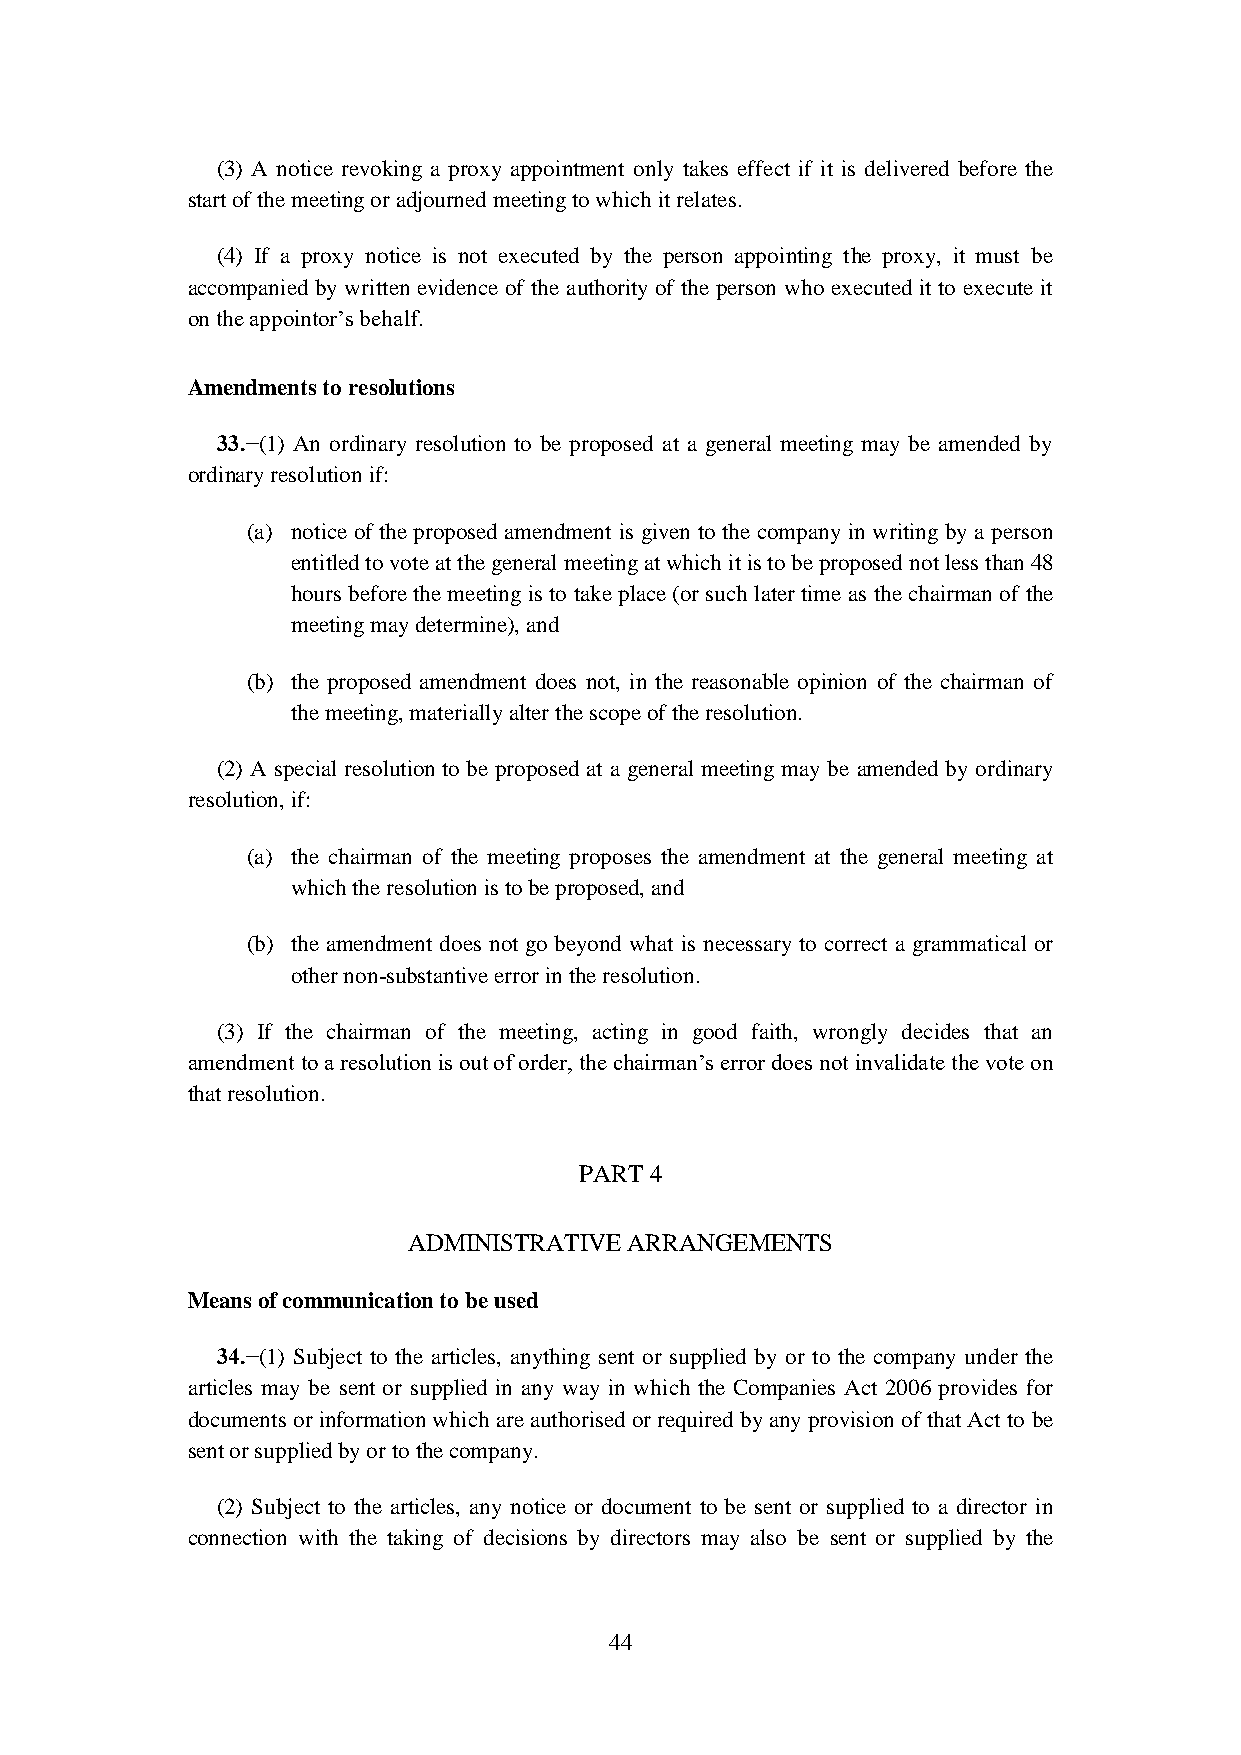
(3) A notice revoking a proxy appointment only takes effect if it is delivered before the
 start of the meeting or adjourned meeting to which it relates.
 (4) If a proxy notice is not executed by the person appointing the proxy, it must be
 accompanied by written evidence of the authority of the person who executed it to execute it
 on the appointor’s behalf.
 Amendments to resolutions
 33.−(1) An ordinary resolution to be proposed at a general meeting may be amended by
 ordinary resolution if:
 (a) notice of the proposed amendment is given to the company in writing by a person
 entitled to vote at the general meeting at which it is to be proposed not less than 48
 hours before the meeting is to take place (or such later time as the chairman of the
 meeting may determine), and
 (b) the proposed amendment does not, in the reasonable opinion of the chairman of
 the meeting, materially alter the scope of the resolution.
 (2) A special resolution to be proposed at a general meeting may be amended by ordinary
 resolution, if:
 (a) the chairman of the meeting proposes the amendment at the general meeting at
 which the resolution is to be proposed, and
 (b) the amendment does not go beyond what is necessary to correct a grammatical or
 other non-substantive error in the resolution.
 (3) If the chairman of the meeting, acting in good faith, wrongly decides that an
 amendment to a resolution is out of order, the chairman’s error does not invalidate the vote on
 that resolution.
 PART 4
 ADMINISTRATIVE ARRANGEMENTS
 Means of communication to be used
 34.−(1) Subject to the articles, anything sent or supplied by or to the company under the
 articles may be sent or supplied in any way in which the Companies Act 2006 provides for
 documents or information which are authorised or required by any provision of that Act to be
 sent or supplied by or to the company.
 (2) Subject to the articles, any notice or document to be sent or supplied to a director in
 connection with the taking of decisions by directors may also be sent or supplied by the
 44